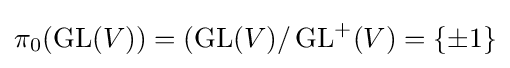
\pi _{0}(\operatorname {GL} (V))=(\operatorname {GL} (V)/\operatorname {GL} ^{+}(V)=\{\pm 1\}